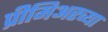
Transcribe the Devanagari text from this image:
प्रीमिअरच्या